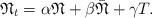
LaTeX: \begin{align*}\mathfrak{N}_{t} = \alpha\mathfrak{N}+\beta\bar{\mathfrak{N}}+\gamma T.\end{align*}